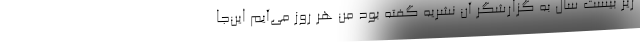
زیر بیست سال به گزارشگر آن نشریه گفته بود من هر روز می‌آیم این‌جا